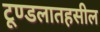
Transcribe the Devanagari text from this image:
टूण्डलातहसील